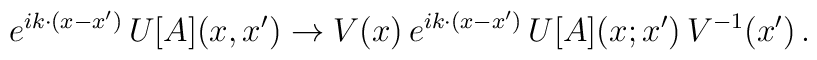
e^{i k \cdot (x - x')} \, U[A](x,x') \to V(x)\, e^{i k \cdot (x - x')} \, U[A](x;x')  \, V^{-1}(x')  \,.